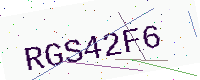
Text: RGS42F6